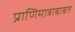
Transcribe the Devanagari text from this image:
प्राणिमात्राबाबत